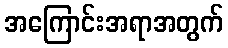
အကြောင်းအရာအတွက်